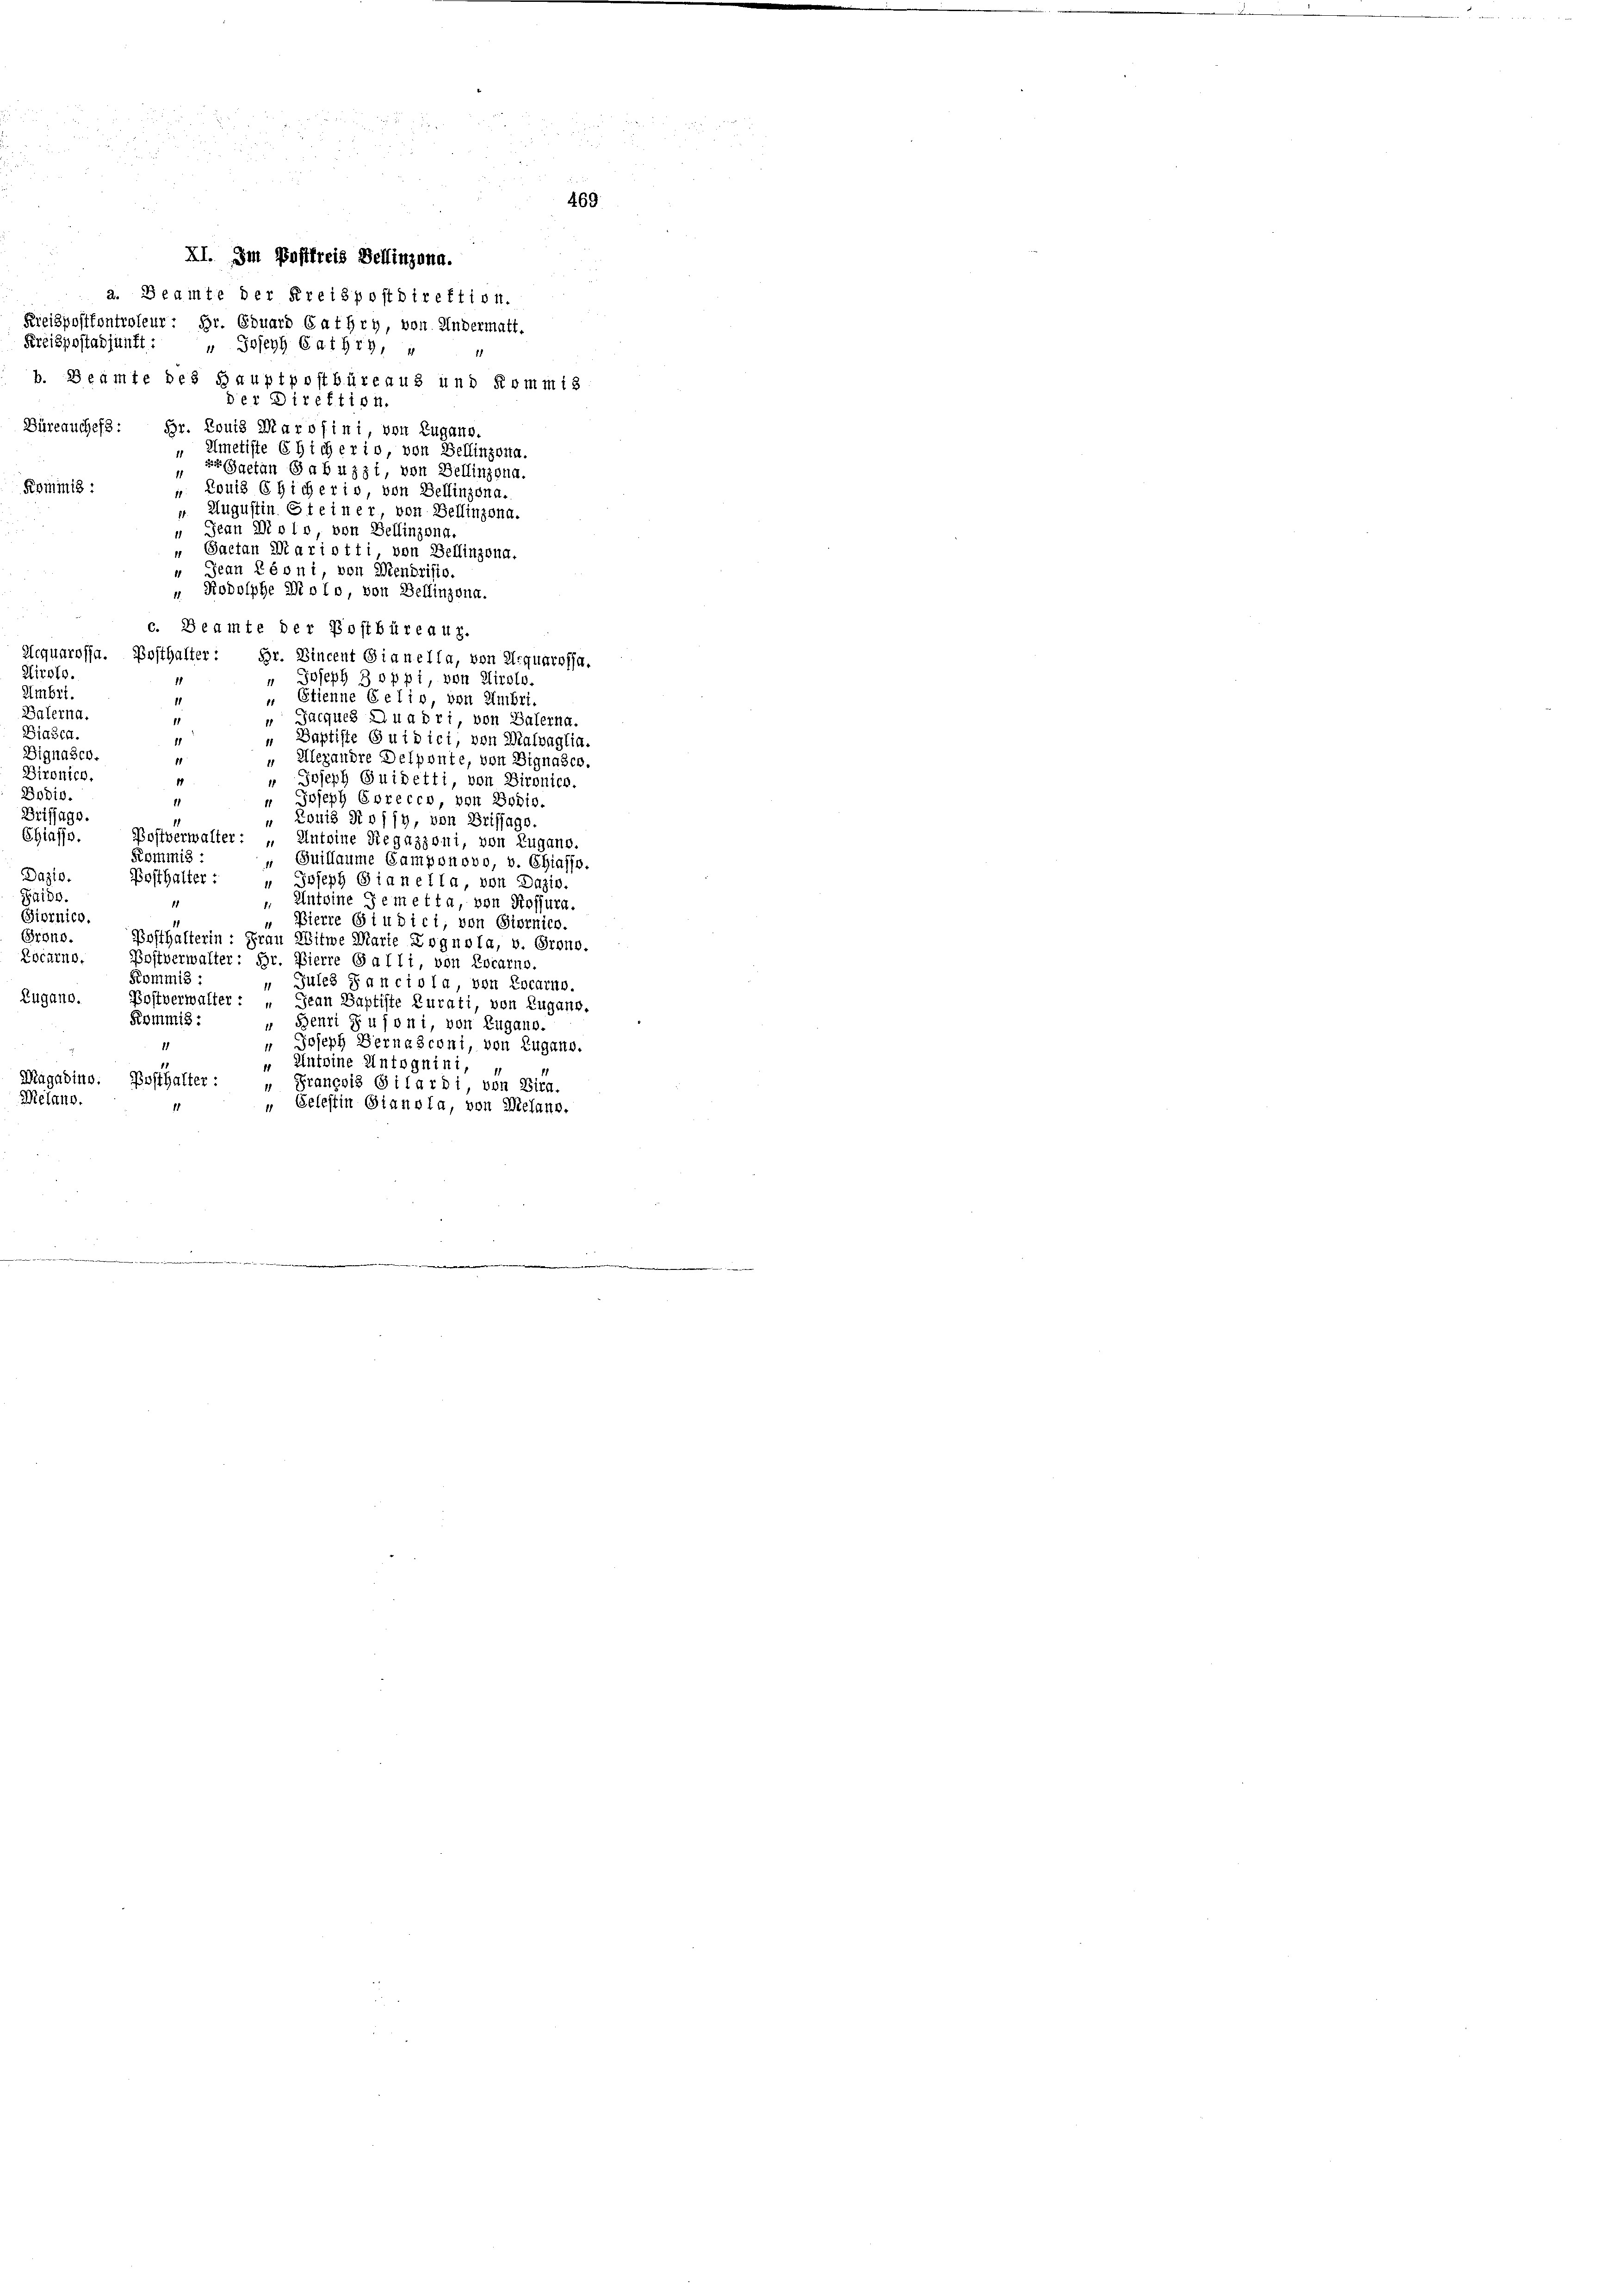
a. Beamte der Kreispostdirektion.
Kreispostfontroleur: Hr. Eduard GatHry, von Andermatt.
Preispostadjunft: " Joseph Caihry,
b. Beamte des Hauptpostbüreaus und Kommis
der Direktion.
Büreauches: Hr. Louis Marolini von Zugano.
„Emetiste Eicherio, von Bellinzona.
 Gaetan Gabuzzi, von Bellinzona.
1
Rominis:
„ Louis sicheris von Bellinzona.
«. Augustin Steiner von Bellinzona.
 Jean Dolo, von Bellinzona.
 Gaetan Mariotti, von Bellinzona.
 Jean Péoni, von Wendristo.
" Rodolphe Diplo, von Bellinzona.
c. Beamte der Postbüreau.
Aequarossa. Posthalter:
Br. Vincent Gianella, von erquarosa.
Airolo.
" Joseph 3 oppi, von Airolo.
 Etienne Gelio, von Umbri-
" Jacques Quadri, von Balerna.
„ Baptiste Guidici, von Malvaglia.
1
Dignaser
" Alexandre Delponte, von Dignasco
1
Dironico,
" Joseph Guidetti, von Dironica.
4
Bodio.
" Joseph Sorecco, von Bodis.
.
Briffage
„ Louis Rossy, von Brifjags.
Chiasso.
Bostverwalter: „Anteine Siegazioni, von Lugano.
Kommis :
Guillaume Camponovo, v. Chiasso,
1
Dazio.
Posthalter:
" Joseph Gianella, von Daziv.
Guido.
Anteine Gemetta, von Rossura.
d
Siornico.
„Bierre Giudici, von Giornich.
Prono.
Bosthalterin: Frau Witwe Marie Dognola, v. Orono.
Locarno.
Postverwalter: Hr. Vierre Galli, von Locarno.
Kommis :
Jules Sanciola, von Locarno.
Zugano. Postverwalter: Jean Baptiste Kurati, von Zugang.
Kommis:
" Benri zu foni, von Zugano.
 Joseph Bernasconi, von Zugano.
" Antoine Untognini,
Magadino. Posthalter: François Gilardi, von Bira.
Melano.
„ Celestin Gianola, von Wielang.

Umbri

Galerna
Biasca.

XI. Im Postkreis Bellinzona.